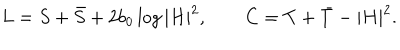
L = S + \bar { S } + 2 b _ { 0 } \log | H | ^ { 2 } , \qquad C = T + \bar { T } - | H | ^ { 2 } .